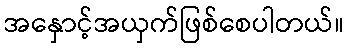
အနှောင့်အယှက်ဖြစ်စေပါတယ်။